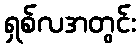
ရှစ်လအတွင်း